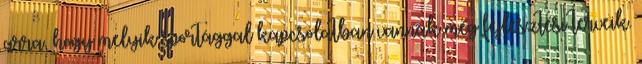
arra, hogy melyik sportággal kapcsolatban vannak még fejlesztési terveik.